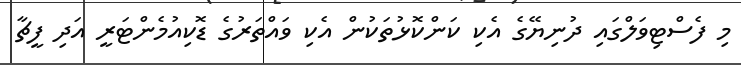
މި ފެސްޓިވަލްގައި ދުނިޔޭގެ އެކި ކަންކޮޅުތަކުން އެކި ވައްތަރުގެ ޑޮކިއުމެންޓަރީ އަދި ފީޗާ